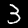
Digit: 3